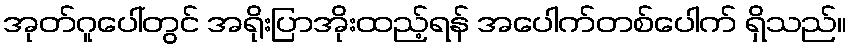
အုတ်ဂူပေါ်တွင် အရိုးပြာအိုးထည့်ရန် အပေါက်တစ်ပေါက် ရှိသည်။